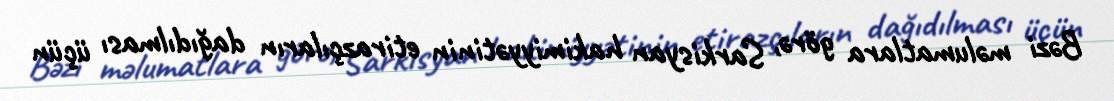
Bəzi məlumatlara görə, Sarkisyan hakimiyyətinin etirazçıların dağıdılması üçün